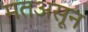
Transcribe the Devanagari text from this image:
मतअसून